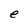
Character: e